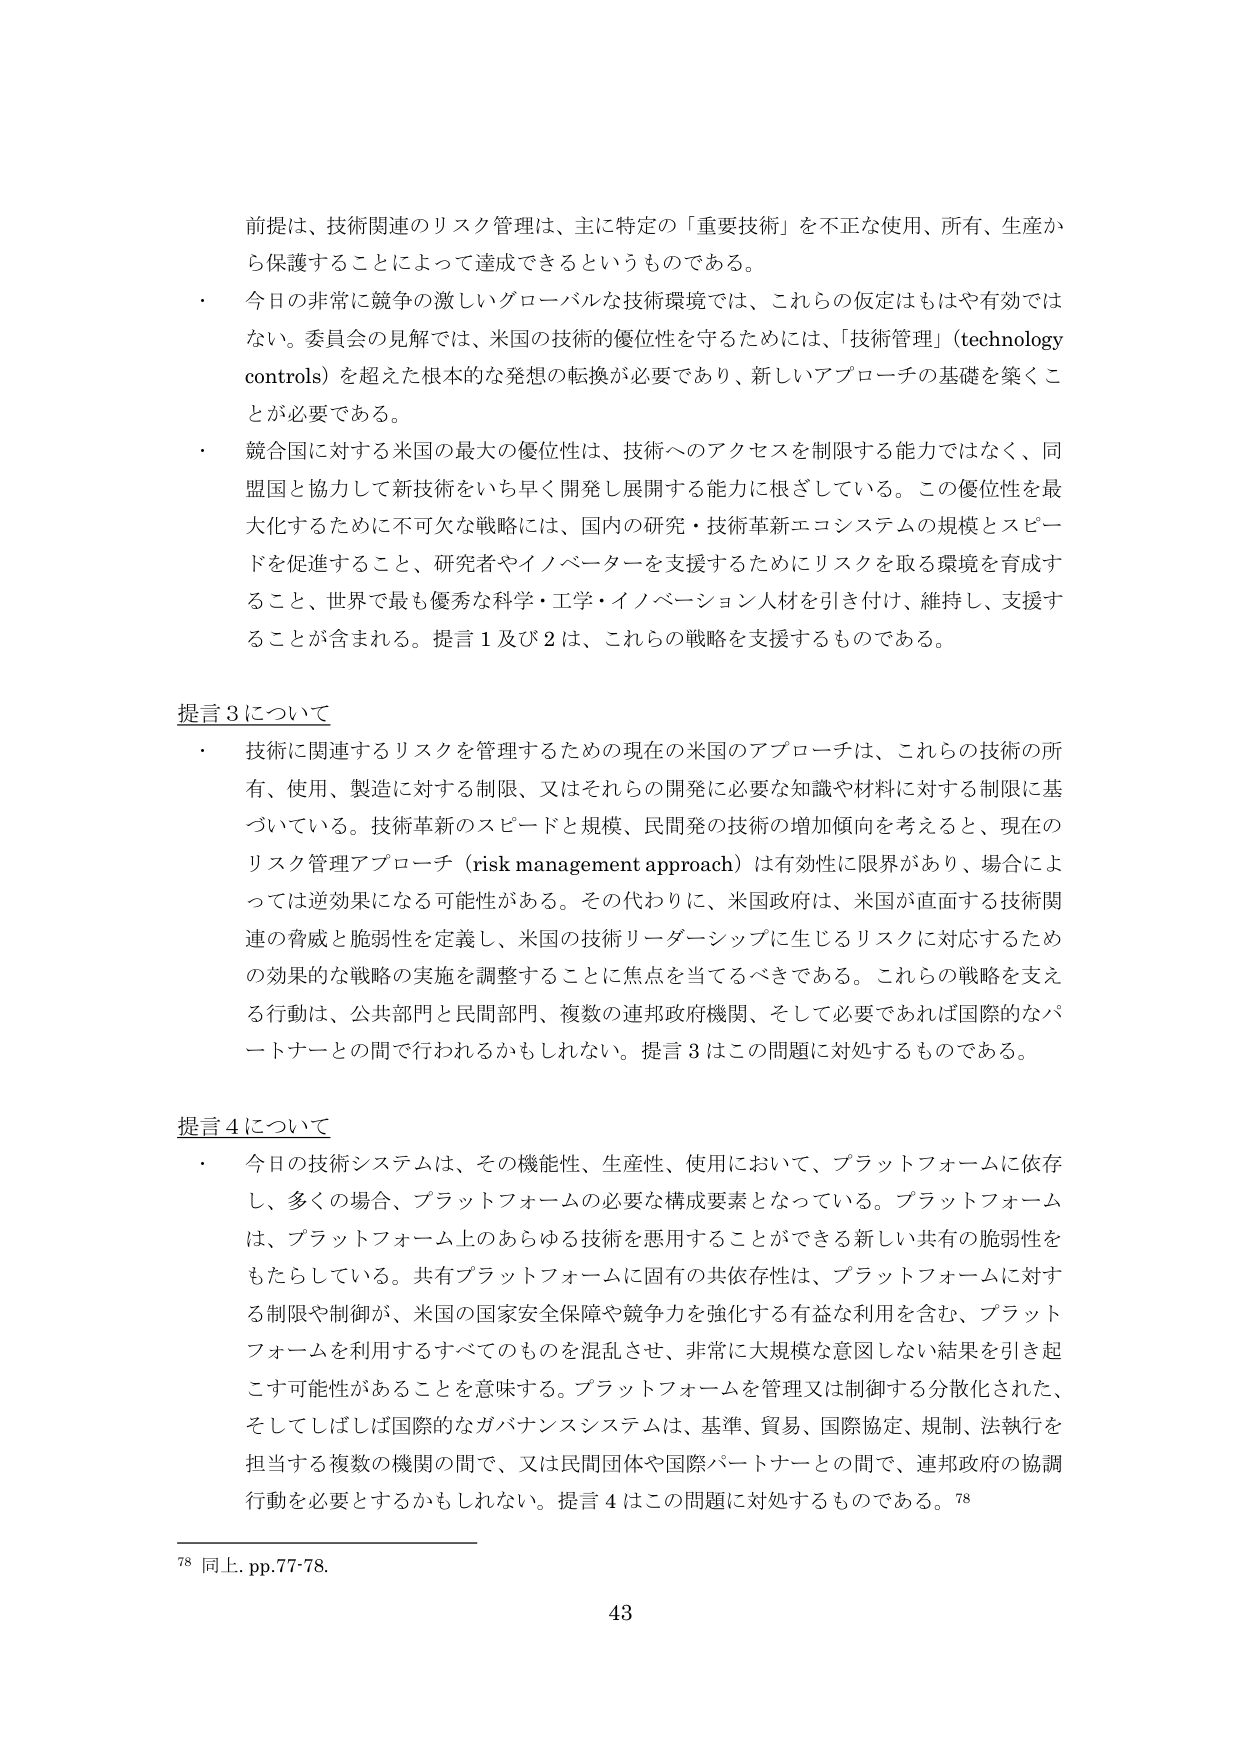
前提は、技術関連のリスク管理は、主に特定の「重要技術」を不正な使用、所有、生産から保護することによって達成できるというものである。

・ 今日の非常に競争の激しいグローバルな技術環境では、これらの仮定はもはや有効ではない。委員会の見解では、米国の技術的優位性を守るためには、「技術管理」（technology controls）を超えた根本的な発想の転換が必要であり、新しいアプローチの基礎を築くことが必要である。

・ 競合国に対する米国の最大の優位性は、技術へのアクセスを制限する能力ではなく、同盟国と協力して新技術をいち早く開発し展開する能力に根ざしている。この優位性を最大化するために不可欠な戦略には、国内の研究・技術革新エコシステムの規模とスピードを促進すること、研究者やイノベーターを支援するためにリスクを取る環境を育成すること、世界で最も優秀な科学・工学・イノベーション人材を引き付け、維持し、支援することが含まれる。提言1及び2は、これらの戦略を支援するものである。

提言3について

・ 技術に関連するリスクを管理するための現在の米国のアプローチは、これらの技術の所有、使用、製造に対する制限、又はそれらの開発に必要な知識や材料に対する制限に基づいている。技術革新のスピードと規模、民間発の技術の増加傾向を考えると、現在のリスク管理アプローチ（risk management approach）は有効性に限界があり、場合によっては逆効果になる可能性がある。その代わりに、米国政府は、米国が直面する技術関連の脅威と脆弱性を定義し、米国の技術リーダーシップに生じるリスクに対応するための効果的な戦略の実施を調整することに焦点を当てるべきである。これらの戦略を支える行動は、公共部門と民間部門、複数の連邦政府機関、そして必要であれば国際的なパートナーとの間で行われるかもしれない。提言3はこの問題に対処するものである。

提言4について

・ 今日の技術システムは、その機能性、生産性、使用において、プラットフォームに依存し、多くの場合、プラットフォームの必要な構成要素となっている。プラットフォームは、プラットフォーム上のあらゆる技術を悪用することができる新しい共有の脆弱性をもたらしている。共有プラットフォームに固有の共依存性は、プラットフォームに対する制限や制御が、米国の国家安全保障や競争力を強化する有益な利用を含む、プラットフォームを利用するすべてのものを混乱させ、非常に大規模な意図しない結果を引き起こす可能性があることを意味する。プラットフォームを管理又は制御する分散化された、そしてしばしば国際的なガバナンスシステムは、基準、貿易、国際協定、規制、法執行を担当する複数の機関の間で、又は民間団体や国際パートナーとの間で、連邦政府の協調行動を必要とするかもしれない。提言4はこの問題に対処するものである。78

78 同上. pp.77-78.

43